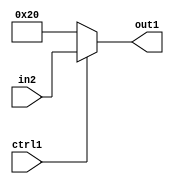
`timescale 1ps / 1ps
/*****************************************************************************
    Verilog RTL Description
    
    
    Created by: Stratus DpOpt 2019.1.01 
*******************************************************************************/

module st_weight_addr_gen_Muxu6i32u1_4_0 (
	in2,
	ctrl1,
	out1
	); /* architecture "behavioural" */ 
input [5:0] in2;
input  ctrl1;
output [5:0] out1;
wire [5:0] asc001;

reg [5:0] asc001_tmp_0;
assign asc001 = asc001_tmp_0;
always @ (ctrl1 or in2) begin
	case (ctrl1)
		1'B1 : asc001_tmp_0 = in2 ;
		default : asc001_tmp_0 = 6'B100000 ;
	endcase
end

assign out1 = asc001;
endmodule

/* CADENCE  uLX3TQA= : u9/ySgnWtBlWxVPRXgAZ4Og= ** DO NOT EDIT THIS LINE ******/